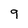
Character: 9